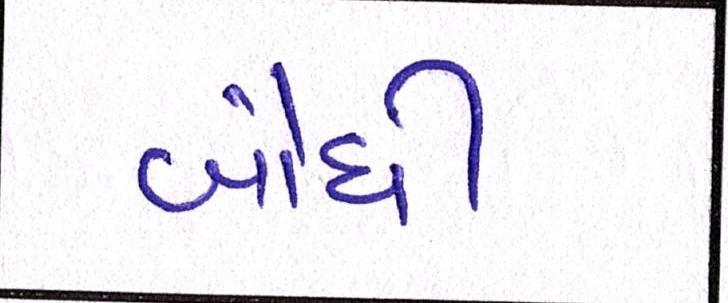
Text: બૌધી